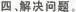
四。解决问题。